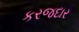
કરજદાર